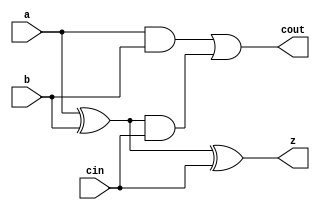
module yAdder1(z, cout, a, b, cin);
input a, b, cin;
output cout, z;

xor xor1(or1, a, b);
xor xor2(z, or1, cin);
and and1(and1, a, b);
and and2(and2, or1, cin);
or or1(cout, and1, and2);

endmodule